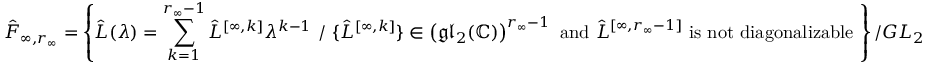
\hat { F } _ { \infty , r _ { \infty } } = \left\{ \hat { L } ( \lambda ) = \sum _ { k = 1 } ^ { r _ { \infty } - 1 } \hat { L } ^ { [ \infty , k ] } \lambda ^ { k - 1 } \, \, / \, \, \{ \hat { L } ^ { [ \infty , k ] } \} \in \left( \mathfrak { g l } _ { 2 } ( \mathbb { C } ) \right) ^ { r _ { \infty } - 1 } \mathrm { ~ a n d ~ } \hat { L } ^ { [ \infty , r _ { \infty } - 1 ] } \mathrm { ~ i s ~ n o t ~ d i a g o n a l i z a b l e ~ } \right\} / { G L } _ { 2 }